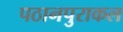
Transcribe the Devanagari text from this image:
पठानपुराकल